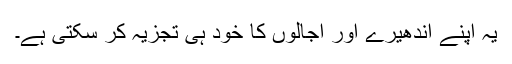
یہ اپنے اندھیرے اور اُجالوں کا خود ہی تجزیہ کر سکتی ہے۔